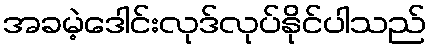
အခမဲ့ဒေါင်းလုဒ်လုပ်နိုင်ပါသည်